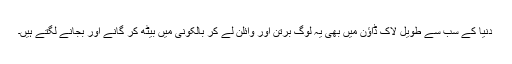
دنیا کے سب سے طویل لاک ڈاؤن میں بھی یہ لوگ برتن اور وائلن لے کر بالکونی میں بیٹھ کر گانے اور بجانے لگتے ہیں۔